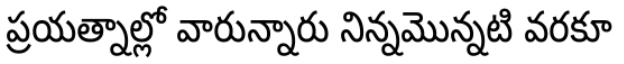
ప్రయత్నాల్లో వారున్నారు నిన్నమొన్నటి వరకూ